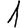
Digit: 1